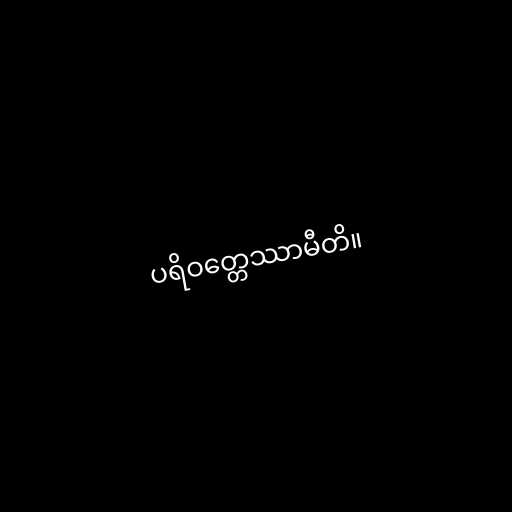
ပရိဝတ္တေဿာမီတိ။